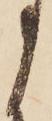
う